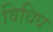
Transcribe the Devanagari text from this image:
विधिध